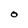
Character: O